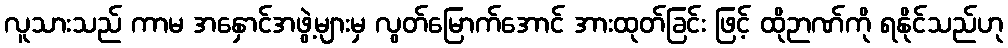
လူသားသည် ကာမ အနှောင်အဖွဲ့များမှ လွတ်မြောက်အောင် အားထုတ်ခြင်း ဖြင့် ထိုဉာဏ်ကို ရနိုင်သည်ဟု